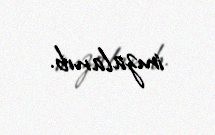
imzalanıb.